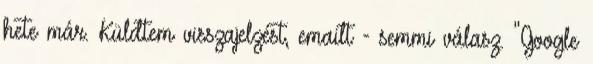
hete már. Küldtem visszajelzést, emailt - semmi válasz. "Google